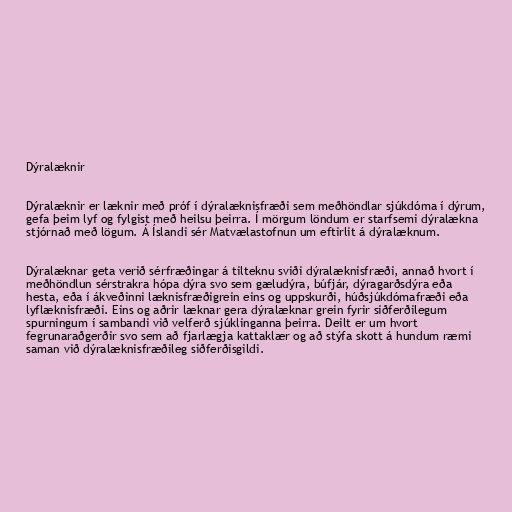
Dýralæknir

Dýralæknir er læknir með próf í dýralæknisfræði sem meðhöndlar sjúkdóma í dýrum,
gefa þeim lyf og fylgist með heilsu þeirra. Í mörgum löndum er starfsemi dýralækna
stjórnað með lögum. Á Íslandi sér Matvælastofnun um eftirlit á dýralæknum.

Dýralæknar geta verið sérfræðingar á tilteknu sviði dýralæknisfræði, annað hvort í
meðhöndlun sérstrakra hópa dýra svo sem gæludýra, búfjár, dýragarðsdýra eða
hesta, eða í ákveðinni læknisfræðigrein eins og uppskurði, húðsjúkdómafræði eða
lyflæknisfræði. Eins og aðrir læknar gera dýralæknar grein fyrir siðferðilegum
spurningum í sambandi við velferð sjúklinganna þeirra. Deilt er um hvort
fegrunaraðgerðir svo sem að fjarlægja kattaklær og að stýfa skott á hundum ræmi
saman við dýralæknisfræðileg siðferðisgildi.